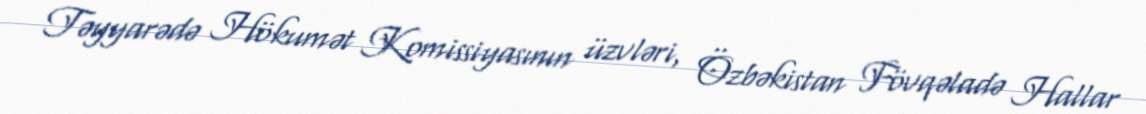
Təyyarədə Hökumət Komissiyasının üzvləri, Özbəkistan Fövqəladə Hallar